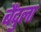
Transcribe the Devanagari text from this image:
बैंदुला